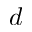
d